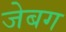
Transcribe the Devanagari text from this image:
जेबग